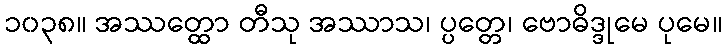
၁၀၃၈။ အဿတ္ထော တီသု အဿာသ၊ ပ္ပတ္တေ၊ ဗောဓိဒ္ဒုမေ ပုမေ။